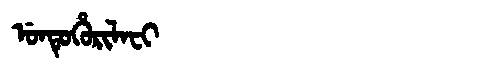
Manchu: ᡠᠨᡨᡠᡥᡠᡵᡳᠯᠠᠸᡳ
Romanization: UNTUHURILAFI